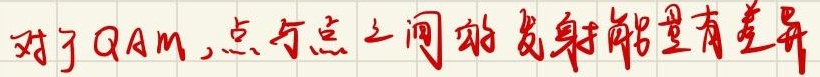
对于QAM,点与点之间的发射能量有差异